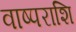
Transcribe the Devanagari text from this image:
वाष्पराशि